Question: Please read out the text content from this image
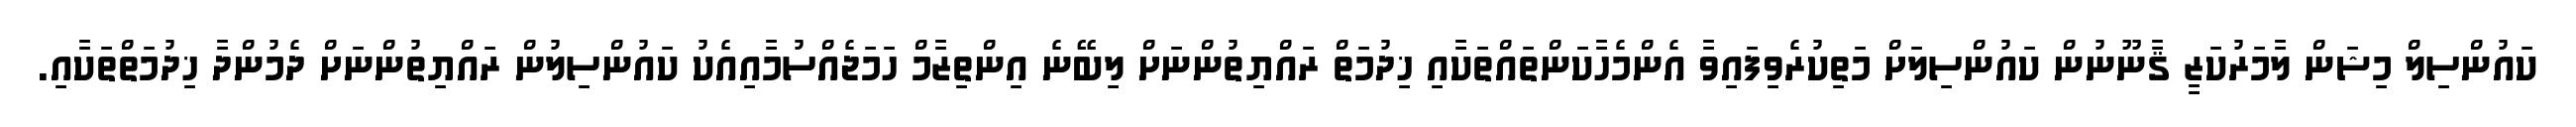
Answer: ކައުންސިލް މިޝަން ލާމަރުކަޒީ ޤާނޫނުން ކައުންސިލަށް މަތިކުރެވިފައިވާ އެންމެހާކަންތައްތަކާއި ޚިދުމަތް ރައްޔިތުންނަށް ލިބޭނެ އިންތިޒާމް ހަމަޖެއްސުމާއިއެކު ކައުންސިލުން ރައްޔިތުންނަށް ދެމުންދާ ޚިދުމަތްތަކާއި.